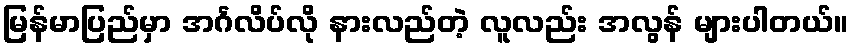
မြန်မာပြည်မှာ အင်္ဂလိပ်လို နားလည်တဲ့ လူလည်း အလွန် များပါတယ်။